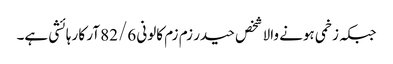
جبکہ زخمی ہونے والا شخص حیدر زم زم کالونی 82/6 آر کا رہائشی ہے۔